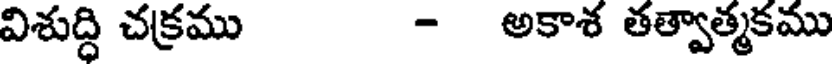
విశుద్ధి చక్రము - అకాశ తత్వాత్మకము